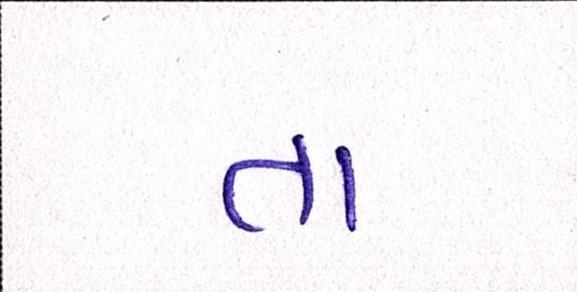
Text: તા